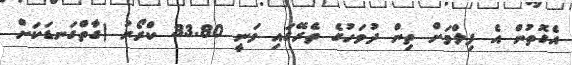
އެގޮތުން އެ ފިލްމަށް ތިން ދުވަހުގެ ތެރޭގައި ވަނީ 33.80 ކްރޯރު (ގާތްގަނޑަކަށް